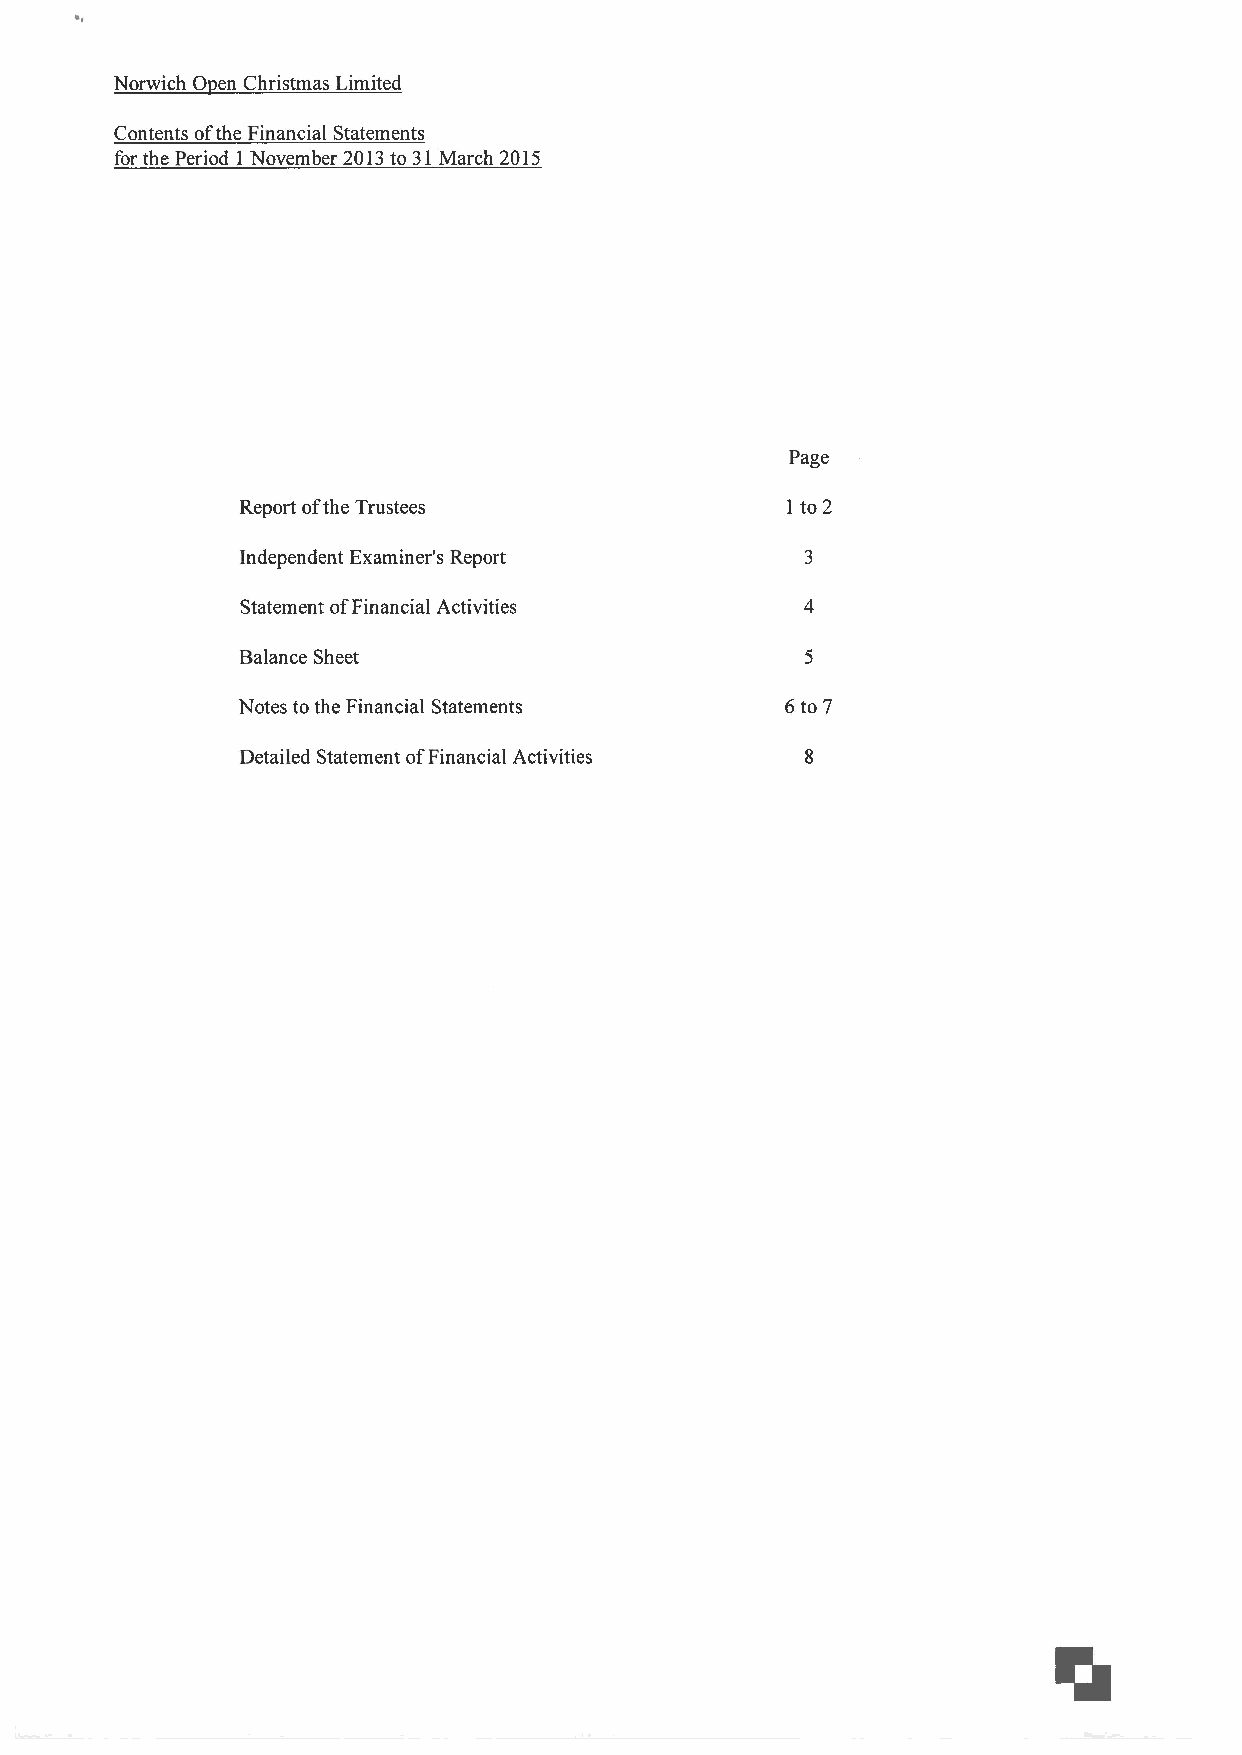
0
 Norwich en Christmas Limited
 Contents ofthe Financial Statements
 for the Period 1 November 2013to 31March 2015
 Page
 Report ofthe Trustees               1 to 2
 Independent Examiner's Report
 Statement ofFinancial Activities
 Balance Sheet
 Notes to the Financial Statements   6to 7
 Detailed Statement ofFinancial Activities